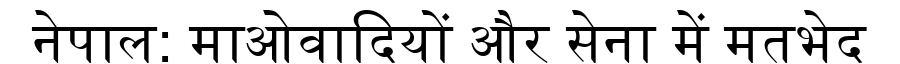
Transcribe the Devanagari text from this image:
नेपाल: माओवादियों और सेना में मतभेद